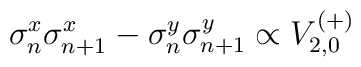
\sigma_{n}^{x}\sigma_{n+1}^{x}-\sigma_{n}^{y}\sigma_{n+1}^{y}\propto V_{2,0}^{(+)}